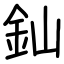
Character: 𨥉